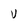
Character: V